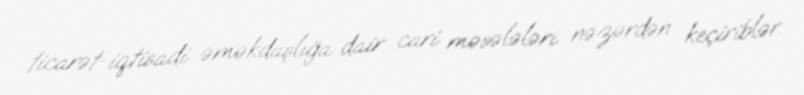
ticarət-iqtisadi əməkdaşlığa dair cari məsələləri nəzərdən keçiriblər.